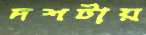
দশটায়